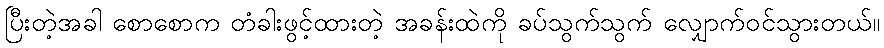
ပြီးတဲ့အခါ စောစောက တံခါးဖွင့်ထားတဲ့ အခန်းထဲကို ခပ်သွက်သွက် လျှောက်ဝင်သွားတယ်။